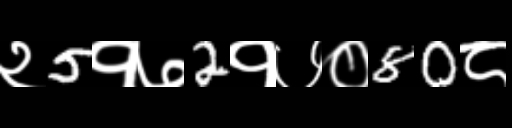
Text: २5१७2१७०80८